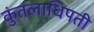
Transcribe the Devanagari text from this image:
कुंतलाधिपती